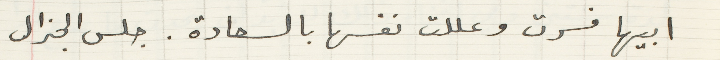
ابيها فسرت وعللت نفسها بالسعادة. جلس الجنرال